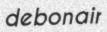
debonair